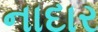
નાદાર